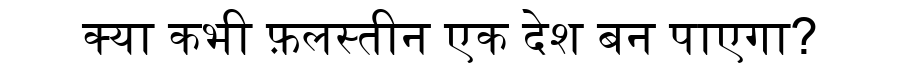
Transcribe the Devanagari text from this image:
क्या कभी फ़लस्तीन एक देश बन पाएगा?